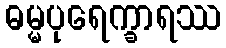
ဓမ္မပုရေက္ခာရဿ